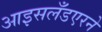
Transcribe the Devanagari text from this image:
आइसलँडएरने